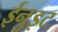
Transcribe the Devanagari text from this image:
ईनुइट